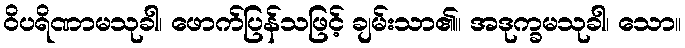
ဝိပရိဏာမသုခါ၊ ဖောက်ပြန်သဖြင့် ချမ်းသာ၏။ အဒုက္ခမသုခါ၊ သော။